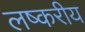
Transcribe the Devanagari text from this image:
लष्करीय